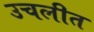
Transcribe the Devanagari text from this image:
उचलीत